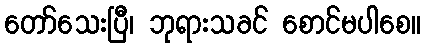
တော်သေးပြီ၊ ဘုရားသခင် စောင်မပါစေ။